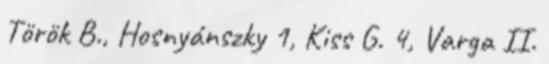
Török B., Hosnyánszky 1, Kiss G. 4, Varga II.